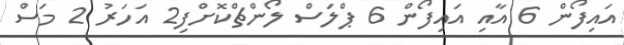
އައިފޯން 6 އާއި އައިފޯން 6 ޕްލަަސް ލޯންޗްކޮށްފި2 އަހަރު 2 މަސް